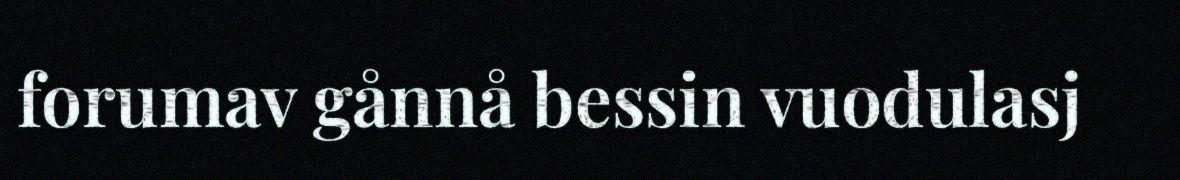
forumav gånnå bessin vuodulasj